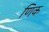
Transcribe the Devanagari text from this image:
णिक